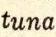
tuna.